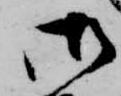
御